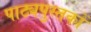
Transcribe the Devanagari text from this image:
पाठ्यपुस्‍तकों